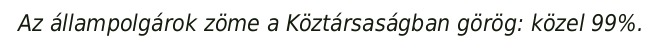
Az állampolgárok zöme a Köztársaságban görög: közel 99%.